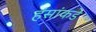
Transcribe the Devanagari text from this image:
हंसांकडे